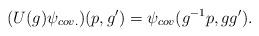
LaTeX: \begin{align*}(U(g)\psi_{cov.}) (p,g') = \psi_{cov} (g^{-1}p,gg').\end{align*}